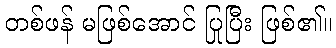
တစ်ဖန် မဖြစ်အောင် ပြုပြီး ဖြစ်၏။